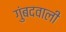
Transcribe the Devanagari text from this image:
गुंबदवाली